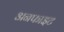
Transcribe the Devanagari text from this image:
अनफाइट